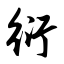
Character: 衍